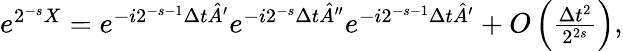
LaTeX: \begin{array}{r}{e^{{2^{-s}X}}=e^{{-i2^{-s-1}}\Delta t\hat{A}^{\prime}}e^{{-i2^{-s}}\Delta t\hat{A}^{\prime\prime}}e^{{-i2^{-s-1}}\Delta t\hat{A}^{\prime}}+O\left(\frac{\Delta t^{2}}{2^{2s}}\right),}\end{array}